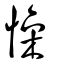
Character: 懆